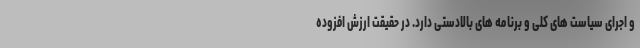
و اجرای سیاست های کلی و برنامه های بالادستی دارد. در حقیقت ارزش افزوده